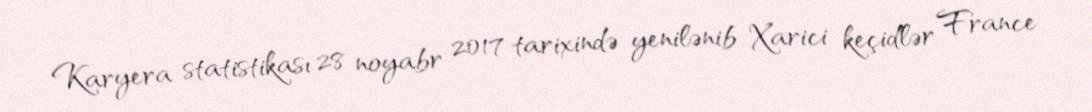
Karyera statistikası 28 noyabr 2017 tarixində yenilənib Xarici keçidlər France